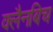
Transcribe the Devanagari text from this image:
क्लैनबिच